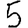
Digit: 5